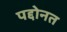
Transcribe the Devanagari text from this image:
पद्दोनत